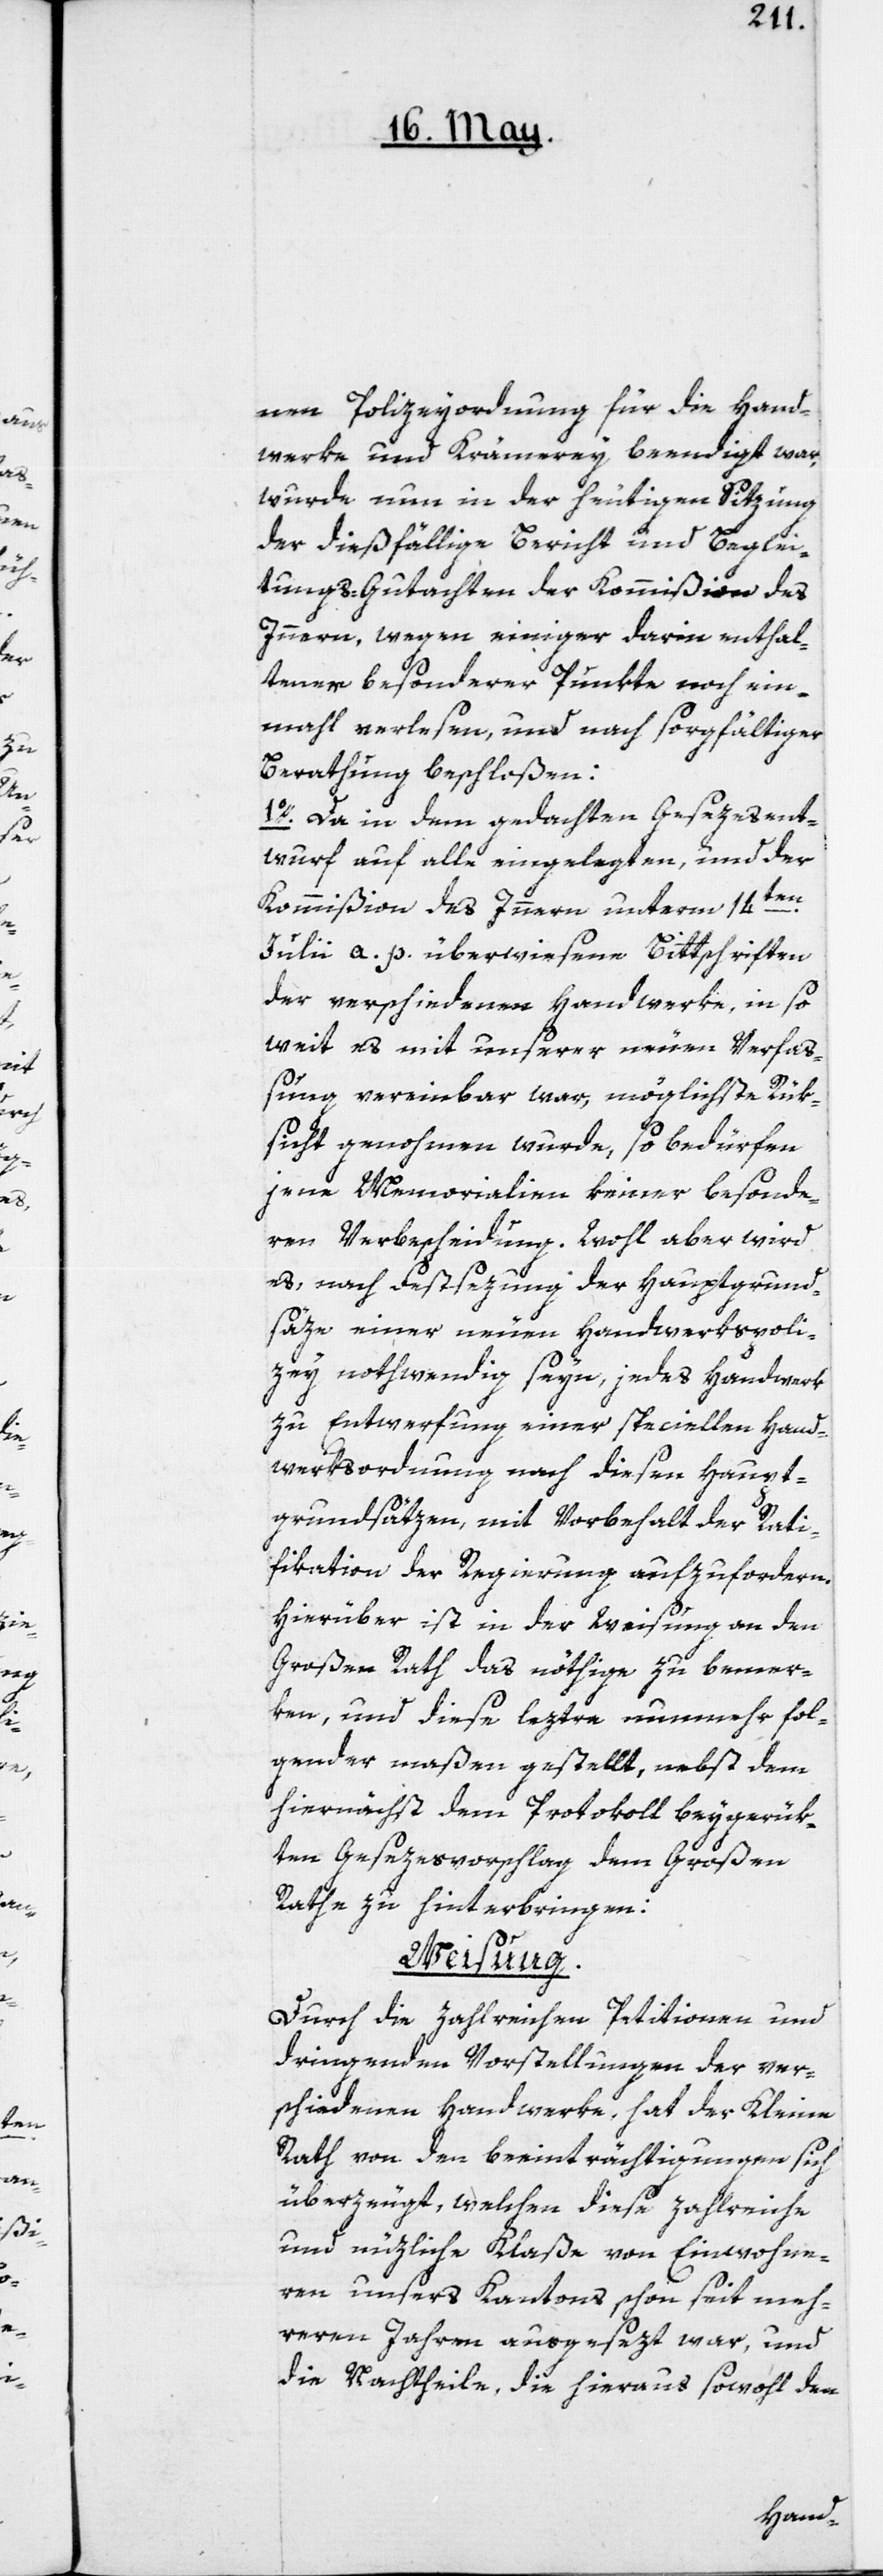
nen Polizeyordnung für die Hand¬
werke und Krämerey beendigt war,
wurde nun in der heutigen Sitzung
der dießfällige Bericht und Beglei¬
tungs-Gutachten der Kommißion des
Innern, wegen einiger darin enthal¬
tener besonderer Punkte noch ein¬
mahl verlesen, und nach sorgfältiger
Berathung beschloßen:
1o. Da in dem gedachten Gesezesent¬
wurf auf alle eingelegten, und der
Kommißion des Innern unterm 14ten
Julii a. p. überwiesene Bittschriften
der verschiedenen Handwerke, in so
weit es mit unserer neuen Verfaß¬
ung vereinbar war, möglichste Rük¬
sicht genommen wurde, so bedürfen
jene Memoralien keiner besonde¬
ren Verbescheidung. Wohl aber wird
es, nach Festsezung der Hauptgrund¬
säze einer neuen Handwerkspoli¬
zey nothwendig seyn, jedes Handwerk
zu Entwerfung einer speciellen Hand¬
werksordnung nach diesen Haupt¬
grundsätzen, mit Vorbehalt der Rati¬
fikation der Regierung aufzufordern.
Hierüber ist in der Weisung an den
Großen Rath das nöthige zu bemer¬
ken, und diese leztre nunmehr fol¬
gender maßen gestellt, nebst dem
hiernächst dem Protokoll beygerük¬
ten Gesezesvorschlag dem Großen
Rathe zu hinterbingen:
Weisung.
Durch die zahlreichen Petitionen und
dringenden Vorstellungen der ver¬
schiedenen Handwerke, hat der Kleine
Rath von den Beeinträchtigungen sich
überzeugt, welchen diese zahlreiche
und nüzliche Klaße von Einwohne¬
rn unsers Kantons schon seit meh¬
reren Jahren ausgesezt war, und
die Nachtheile, die hieraus sowohl den